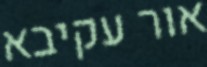
אור עקיבא